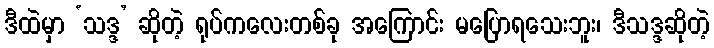
ဒီထဲမှာ ‘သဒ္ဒ’ ဆိုတဲ့ ရုပ်ကလေးတစ်ခု အကြောင်း မပြောရသေးဘူး၊ ဒီသဒ္ဒဆိုတဲ့